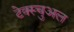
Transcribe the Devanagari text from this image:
टेक्स्चुअल